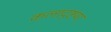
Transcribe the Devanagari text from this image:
कलादृष्टया